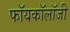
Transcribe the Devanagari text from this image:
फॉयकॉलॉजी